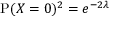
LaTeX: \operatorname { P } ( X = 0 ) ^ { 2 } = e ^ { - 2 \lambda } \quad